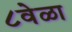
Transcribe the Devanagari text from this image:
८वेळा